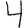
Digit: 4